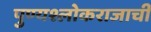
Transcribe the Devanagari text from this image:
पुण्यश्लोकराजाची